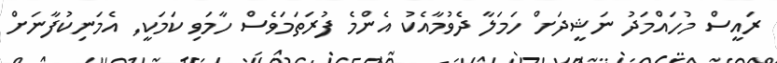
ރައީސް މުހައްމަދު ނަޝީދަށް ހަމަލާ ދެވުމާއެކު އެންމެ ފުރަތަމަވެސް ހާމަވި ކަމަކީ